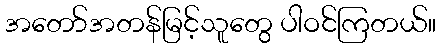
အတော်အတန်မြင့်သူတွေ ပါဝင်ကြတယ်။